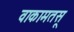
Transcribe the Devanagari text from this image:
वाकामतसू